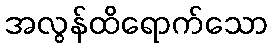
အလွန်ထိရောက်သော